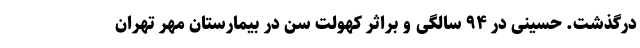
درگذشت. حسینی در ۹۴ سالگی و براثر کهولت سن در بیمارستان مهر تهران